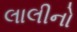
લાલીનો